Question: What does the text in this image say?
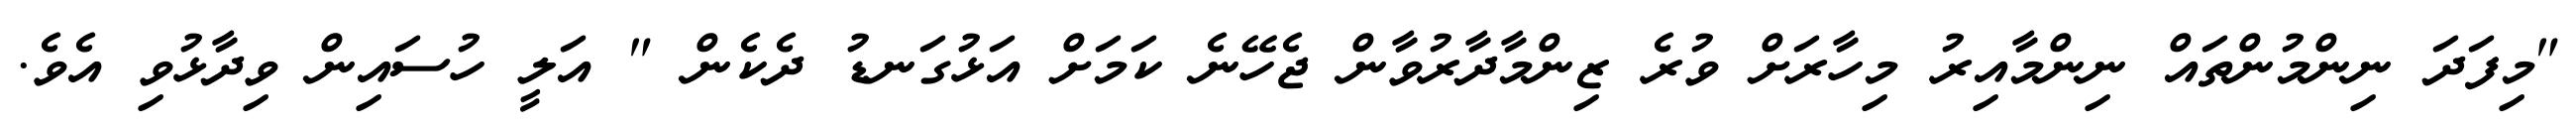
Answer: "މިފަދަ ނިންމުންތައް ނިންމާއިރު މިހާރަށް ވުރެ ޒިންމާދާރުވާން ޖެހޭނެ ކަމަށް އަޅުގަނޑު ދެކެން " އަލީ ހުސައިން ވިދާޅުވި އެވެ.